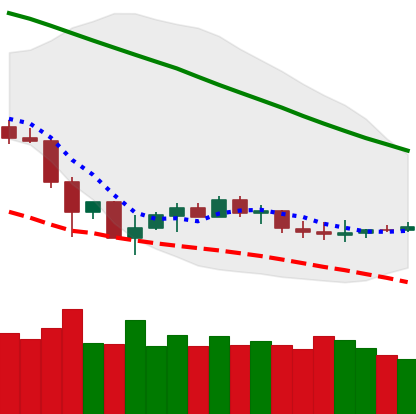
Ticker: LTC-USD
Chart end date: 2019-12-08
Forward return: -3.269%
Label: down_3_5